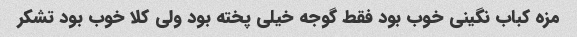
مزه کباب نگینی خوب بود فقط گوجه خیلی پخته بود ولی کلا خوب بود تشکر